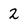
Character: 2